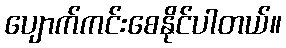
ပျောက်ကင်းစေနိုင်ပါတယ်။